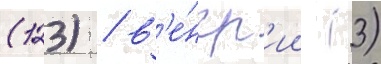
(123) / в'е́нгр'ии (3)